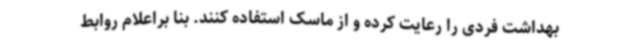
بهداشت فردی را رعایت کرده و از ماسک استفاده کنند. بنا براعلام روابط